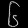
Digit: ၆